Civil Veterinary Dept. North-West Frontier Province 1923-32 - 1923-1932
Year: 1923
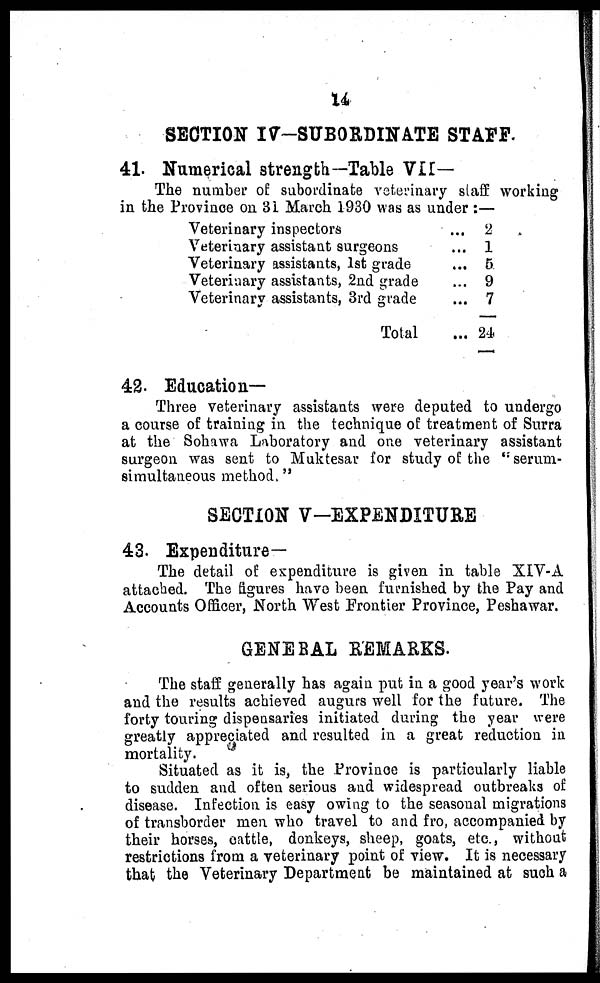
14
SECTION IV-SUBORDINATE STAFF.
41. Numerical strength—Table VII—
The number of subordinate veterinary staff working
in the Province on 31 March 1930 was as under :—
Veterinary inspectors ...
Veterinary assistant surgeons ...
Veterinary assistants, 1st grade ...
Veterinary assistants, 2nd grade ...
Veterinary assistants, 3rd grade ...
Total ...
2
1
5
9
7
24
42. Education—
Three veterinary assistants were deputed to undergo
a course of training in the technique of treatment of Surra
at the Sohawa Laboratory and one veterinary assistant
surgeon was sent to Muktesar for study of the "serum-
simultaneous method."
SECTION V-EXPENDITURE
43. Expenditure—
The detail of expenditure is given in table XIV-A
attached. The figures have been furnished by the Pay and
Accounts Officer, North West Frontier Province, Peshawar.
GENERAL REMARKS.
The staff generally has again put in a good year's work
and the results achieved augurs well for the future. The
forty touring dispensaries initiated during the year were
greatly appreciated and resulted in a great reduction in
mortality.
Situated as it is, the Province is particularly liable
to sudden and often serious and widespread outbreaks of
disease. Infection is easy owing to the seasonal migrations
of transborder men who travel to and fro, accompanied by
their horses, cattle, donkeys, sheep, goats, etc., without
restrictions from a veterinary point of view. It is necessary
that the Veterinary Department be maintained at such a